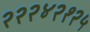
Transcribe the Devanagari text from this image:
२२२४२१२५